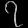
Digit: ၇